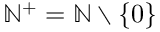
\mathbb { N } ^ { + } = \mathbb { N } \setminus \{ 0 \}